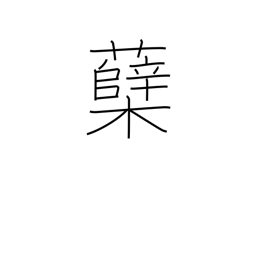
Meaning: sprout